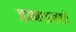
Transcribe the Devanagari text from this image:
ज्ञानशाखाही